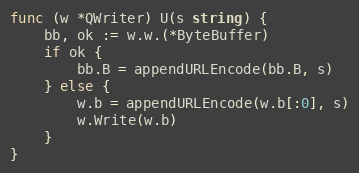
Language: Go
func (w *QWriter) U(s string) {
	bb, ok := w.w.(*ByteBuffer)
	if ok {
		bb.B = appendURLEncode(bb.B, s)
	} else {
		w.b = appendURLEncode(w.b[:0], s)
		w.Write(w.b)
	}
}